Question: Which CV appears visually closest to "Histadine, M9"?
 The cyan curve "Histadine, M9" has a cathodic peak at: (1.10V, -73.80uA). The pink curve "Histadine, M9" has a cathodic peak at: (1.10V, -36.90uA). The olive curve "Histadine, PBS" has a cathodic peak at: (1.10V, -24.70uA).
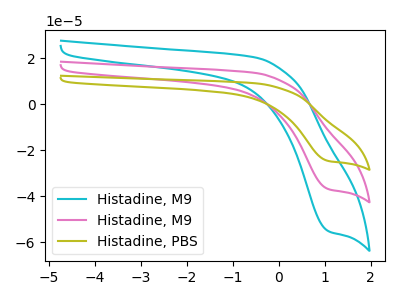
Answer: <think>All the peaks in "Histadine, M9" have a peak in "Histadine, M9" at the same potential. Every peak in "Histadine, M9" is higher than every peak in "Histadine, M9". All the peaks in "Histadine, M9" have a peak in "Histadine, PBS" at the same potential. Every peak in "Histadine, M9" is higher than every peak in "Histadine, PBS". All the peaks in "Histadine, M9" have a peak in "Histadine, PBS" at the same potential. Every peak in "Histadine, M9" is higher than every peak in "Histadine, PBS".
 </think>
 <answer>"Histadine, M9" and "Histadine, M9" have a similar shape to "Histadine, PBS".</answer>
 <eval>"Histadine, M9" "Histadine, M9"</eval>